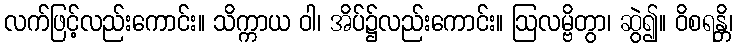
လက်ဖြင့်လည်းကောင်း။ သိက္ကာယ ဝါ၊ အိပ်၌လည်းကောင်း။ ဩလမ္ဗိတွာ၊ ဆွဲ၍။ ဝိစရန္တိ၊